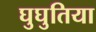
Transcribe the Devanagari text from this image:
घुघुतिया